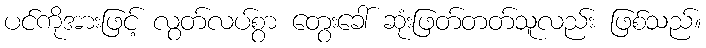
ပင်ကိုအားဖြင့် လွတ်လပ်စွာ တွေးခေါ် ဆုံးဖြတ်တတ်သူလည်း ဖြစ်သည်။